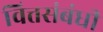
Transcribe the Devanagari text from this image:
वित्तसंबंधी